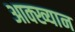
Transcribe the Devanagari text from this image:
आक्ख्यान